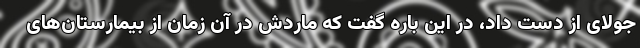
جولای از دست داد، در این باره گفت که ماردش در آن زمان از بیمارستان‌های